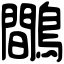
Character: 鷼